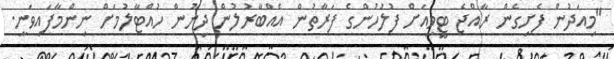
"މިއަދުން ފެށިގެން ރާއްޖެ ޓީވީއަށް ފުލުހުންގެ ފަރާތުން އެއްބާރުލުން ދިނުން ހުއްޓާލުމަށް ނިންމާފައިވަނީ.